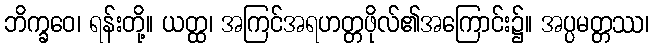
ဘိက္ခဝေ၊ ရန်းတို့။ ယတ္ထ၊ အကြင်အရဟတ္တဖိုလ်၏အကြောင်း၌။ အပ္ပမတ္တဿ၊